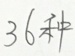
3 6 种